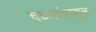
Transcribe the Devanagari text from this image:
चटयांपासून